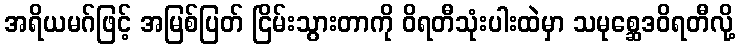
အရိယမဂ်ဖြင့် အမြစ်ပြတ် ငြိမ်းသွားတာကို ဝိရတီသုံးပါးထဲမှာ သမုစ္ဆေဒဝိရတီလို့